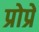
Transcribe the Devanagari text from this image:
प्रोप्रे